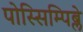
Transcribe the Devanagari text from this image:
पोस्सिम्पिब्ले